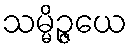
သမ္မိဉ္ဇယေ